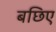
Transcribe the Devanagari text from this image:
बछिए